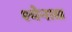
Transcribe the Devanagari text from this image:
श्येनाद्य